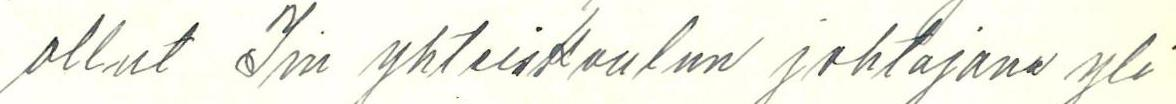
ollut Iin yhteiskoulun johtajana yli